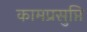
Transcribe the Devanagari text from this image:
कामप्रसुप्ति